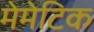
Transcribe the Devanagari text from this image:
मेमेटिक